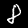
Label: 8